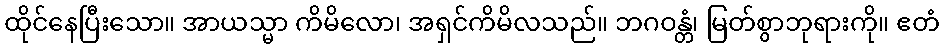
ထိုင်နေပြီးသော။ အာယသ္မာ ကိမိလော၊ အရှင်ကိမိလသည်။ ဘဂဝန္တံ၊ မြတ်စွာဘုရားကို။ ဧတံ